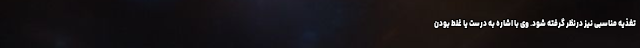
تغذیه مناسبی نیز درنظر گرفته شود. وی با اشاره به درست یا غلط بودن